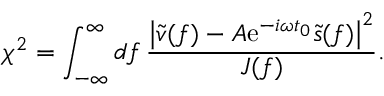
\chi ^ { 2 } = \int _ { - \infty } ^ { \infty } \mathop { d f } \frac { \left| \tilde { v } ( f ) - A \mathrm { e } ^ { - i \omega t _ { 0 } } \tilde { s } ( f ) \right| ^ { 2 } } { J ( f ) } .